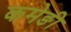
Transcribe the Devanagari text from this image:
कमेङी